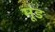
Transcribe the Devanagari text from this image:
मूंड